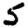
Digit: 5